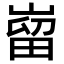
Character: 𫶌